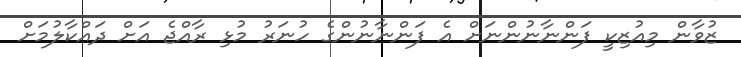
ޒުވާން މިއުޒިކީ ފަންނާނުންނަށް އެ ފަންނާނުންގެ ހުނަރު މުޅި ރާއްޖެ އަށް ދައްކާލުމަށް